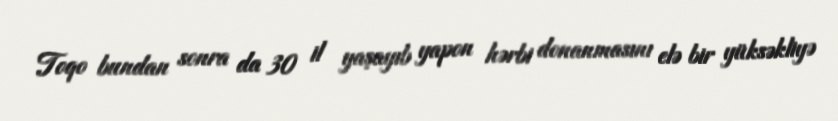
Toqo bundan sonra da 30 il yaşayıb yapon hərbi donanmasını elə bir yüksəkliyə